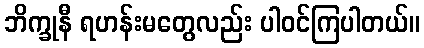
ဘိက္ခုနီ ရဟန်းမတွေလည်း ပါဝင်ကြပါတယ်။